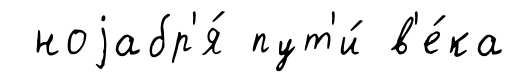
ноjабр'я́ пут'и́ в'е́ка